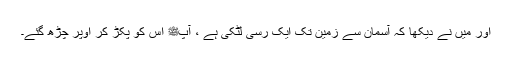
اور میں نے دیکھا کہ آسمان سے زمین تک ایک رسی لٹکی ہے ، آپﷺ اس کو پکڑ کر اوپر چڑھ گئے۔